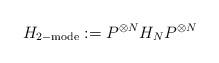
LaTeX: \begin{align*} H_{2-\mathrm{mode}}:=P^{\otimes N} H_N P^{\otimes N}\end{align*}